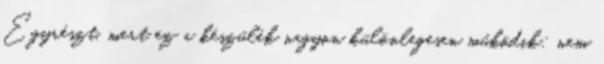
Egyrészt, mert ez a készülék nagyon különlegesen működik: nem